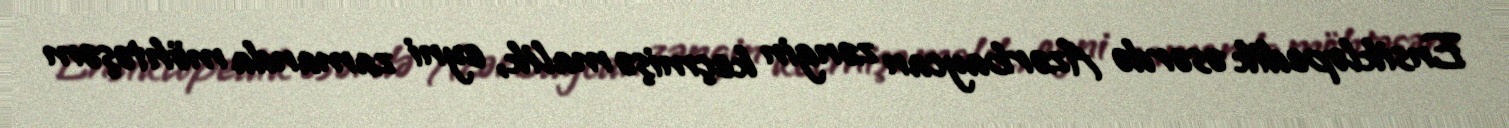
Ensiklopedik əsərdə Azərbaycan zəngin keçmişə malik, eyni zamanda möhtəşəm